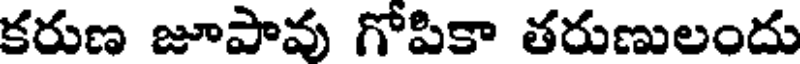
కరుణ జూపావు గోపికా తరుణులందు